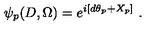
\left. \psi _ { p } ( D , \Omega ) = e ^ { i \left[ d \theta _ { p } + X _ { p } \right] } \ . \right.